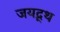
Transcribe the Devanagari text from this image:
जयद्र्थ